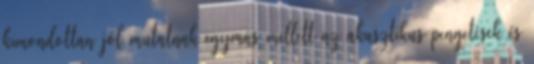
kimondottan jól mutatnak egymás mellett az akusztikus pengetések és